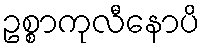
ဥစ္စာကုလီနောပိ